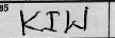
Transcription: KIW